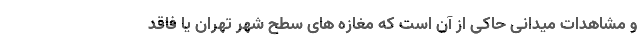
و مشاهدات میدانی حاکی از آن است که مغازه های سطح شهر تهران یا فاقد